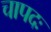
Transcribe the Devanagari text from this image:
चापदः